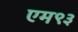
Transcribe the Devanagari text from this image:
एम९३